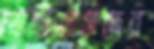
প্রোটিয়াসদের